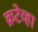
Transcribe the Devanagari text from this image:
क्रटेव्हा